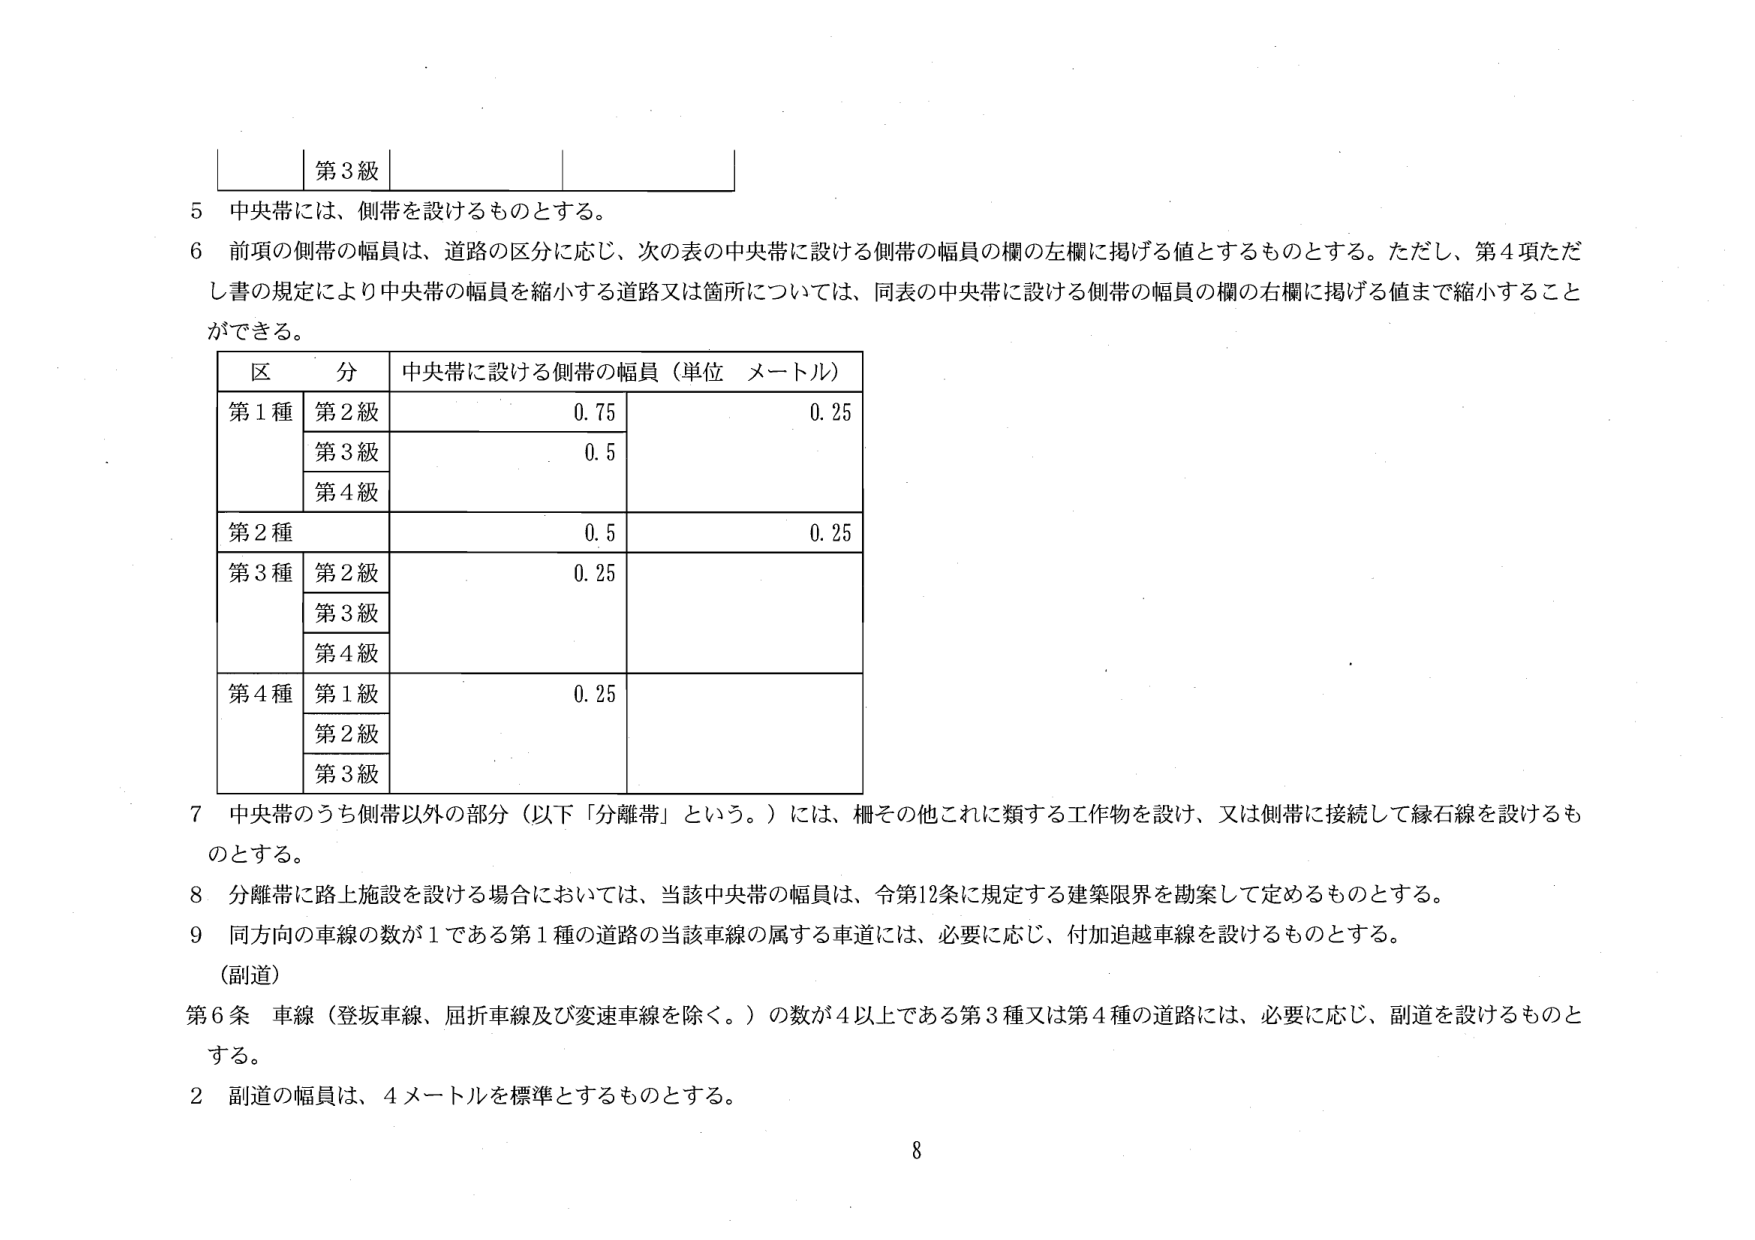
第3級

5 中央帯には、側帯を設けるものとする。

6 前項の側帯の幅員は、道路の区分に応じ、次の表の中央帯に設ける側帯の幅員の欄の左欄に掲げる値とするものとする。ただし、第4項ただし書の規定により中央帯の幅員を縮小する道路又は箇所については、同表の中央帯に設ける側帯の幅員の欄の右欄に掲げる値まで縮小することができる。

区 分 中央帯に設ける側帯の幅員（単位 メートル）
第1種 第2級 0.75 0.25
第3級 0.5
第4級
第2種 0.5 0.25
第3種 第2級 0.25
第3級
第4級
第4種 第1級 0.25
第2級
第3級

7 中央帯のうち側帯以外の部分（以下「分離帯」という。）には、柵その他これに類する工作物を設け、又は側帯に接続して縁石線を設けるものとする。

8 分離帯に路上施設を設ける場合においては、当該中央帯の幅員は、令第12条に規定する建築限界を勘案して定めるものとする。

9 同方向の車線の数が1である第1種の道路の当該車線の属する車道には、必要に応じ、付加追越車線を設けるものとする。

（副道）

第6条 車線（登坂車線、屈折車線及び変速車線を除く。）の数が4以上である第3種又は第4種の道路には、必要に応じ、副道を設けるものとする。

2 副道の幅員は、4メートルを標準とするものとする。

8